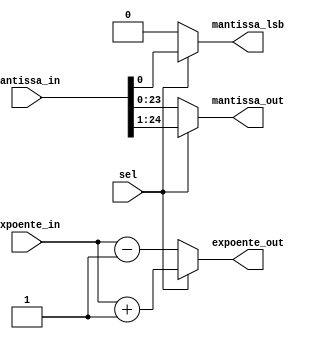

module Normalizer
 #(
    parameter N_mant =25,
    parameter N_exp = 8
) (
    input [N_mant-1:0] mantissa_in,
    input [N_exp-1:0] expoente_in,
    input sel,                                 //0: shift left 1x and decrement exponent 1
                                               //1: shift right 1x and increment exponent 0 
    output [N_mant-2:0] mantissa_out, 
    output mantissa_lsb,
    output [N_exp-1:0] expoente_out 
);
    
assign mantissa_lsb = (sel)?mantissa_in[0]:1'b0;
assign mantissa_out = (sel)? mantissa_in[N_mant-1:1]:mantissa_in[N_mant:0];
assign expoente_out = (sel)? expoente_in+1:expoente_in-1;


endmodule